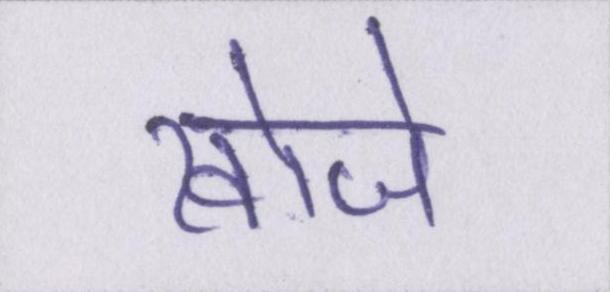
खोजे